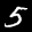
Label: 5